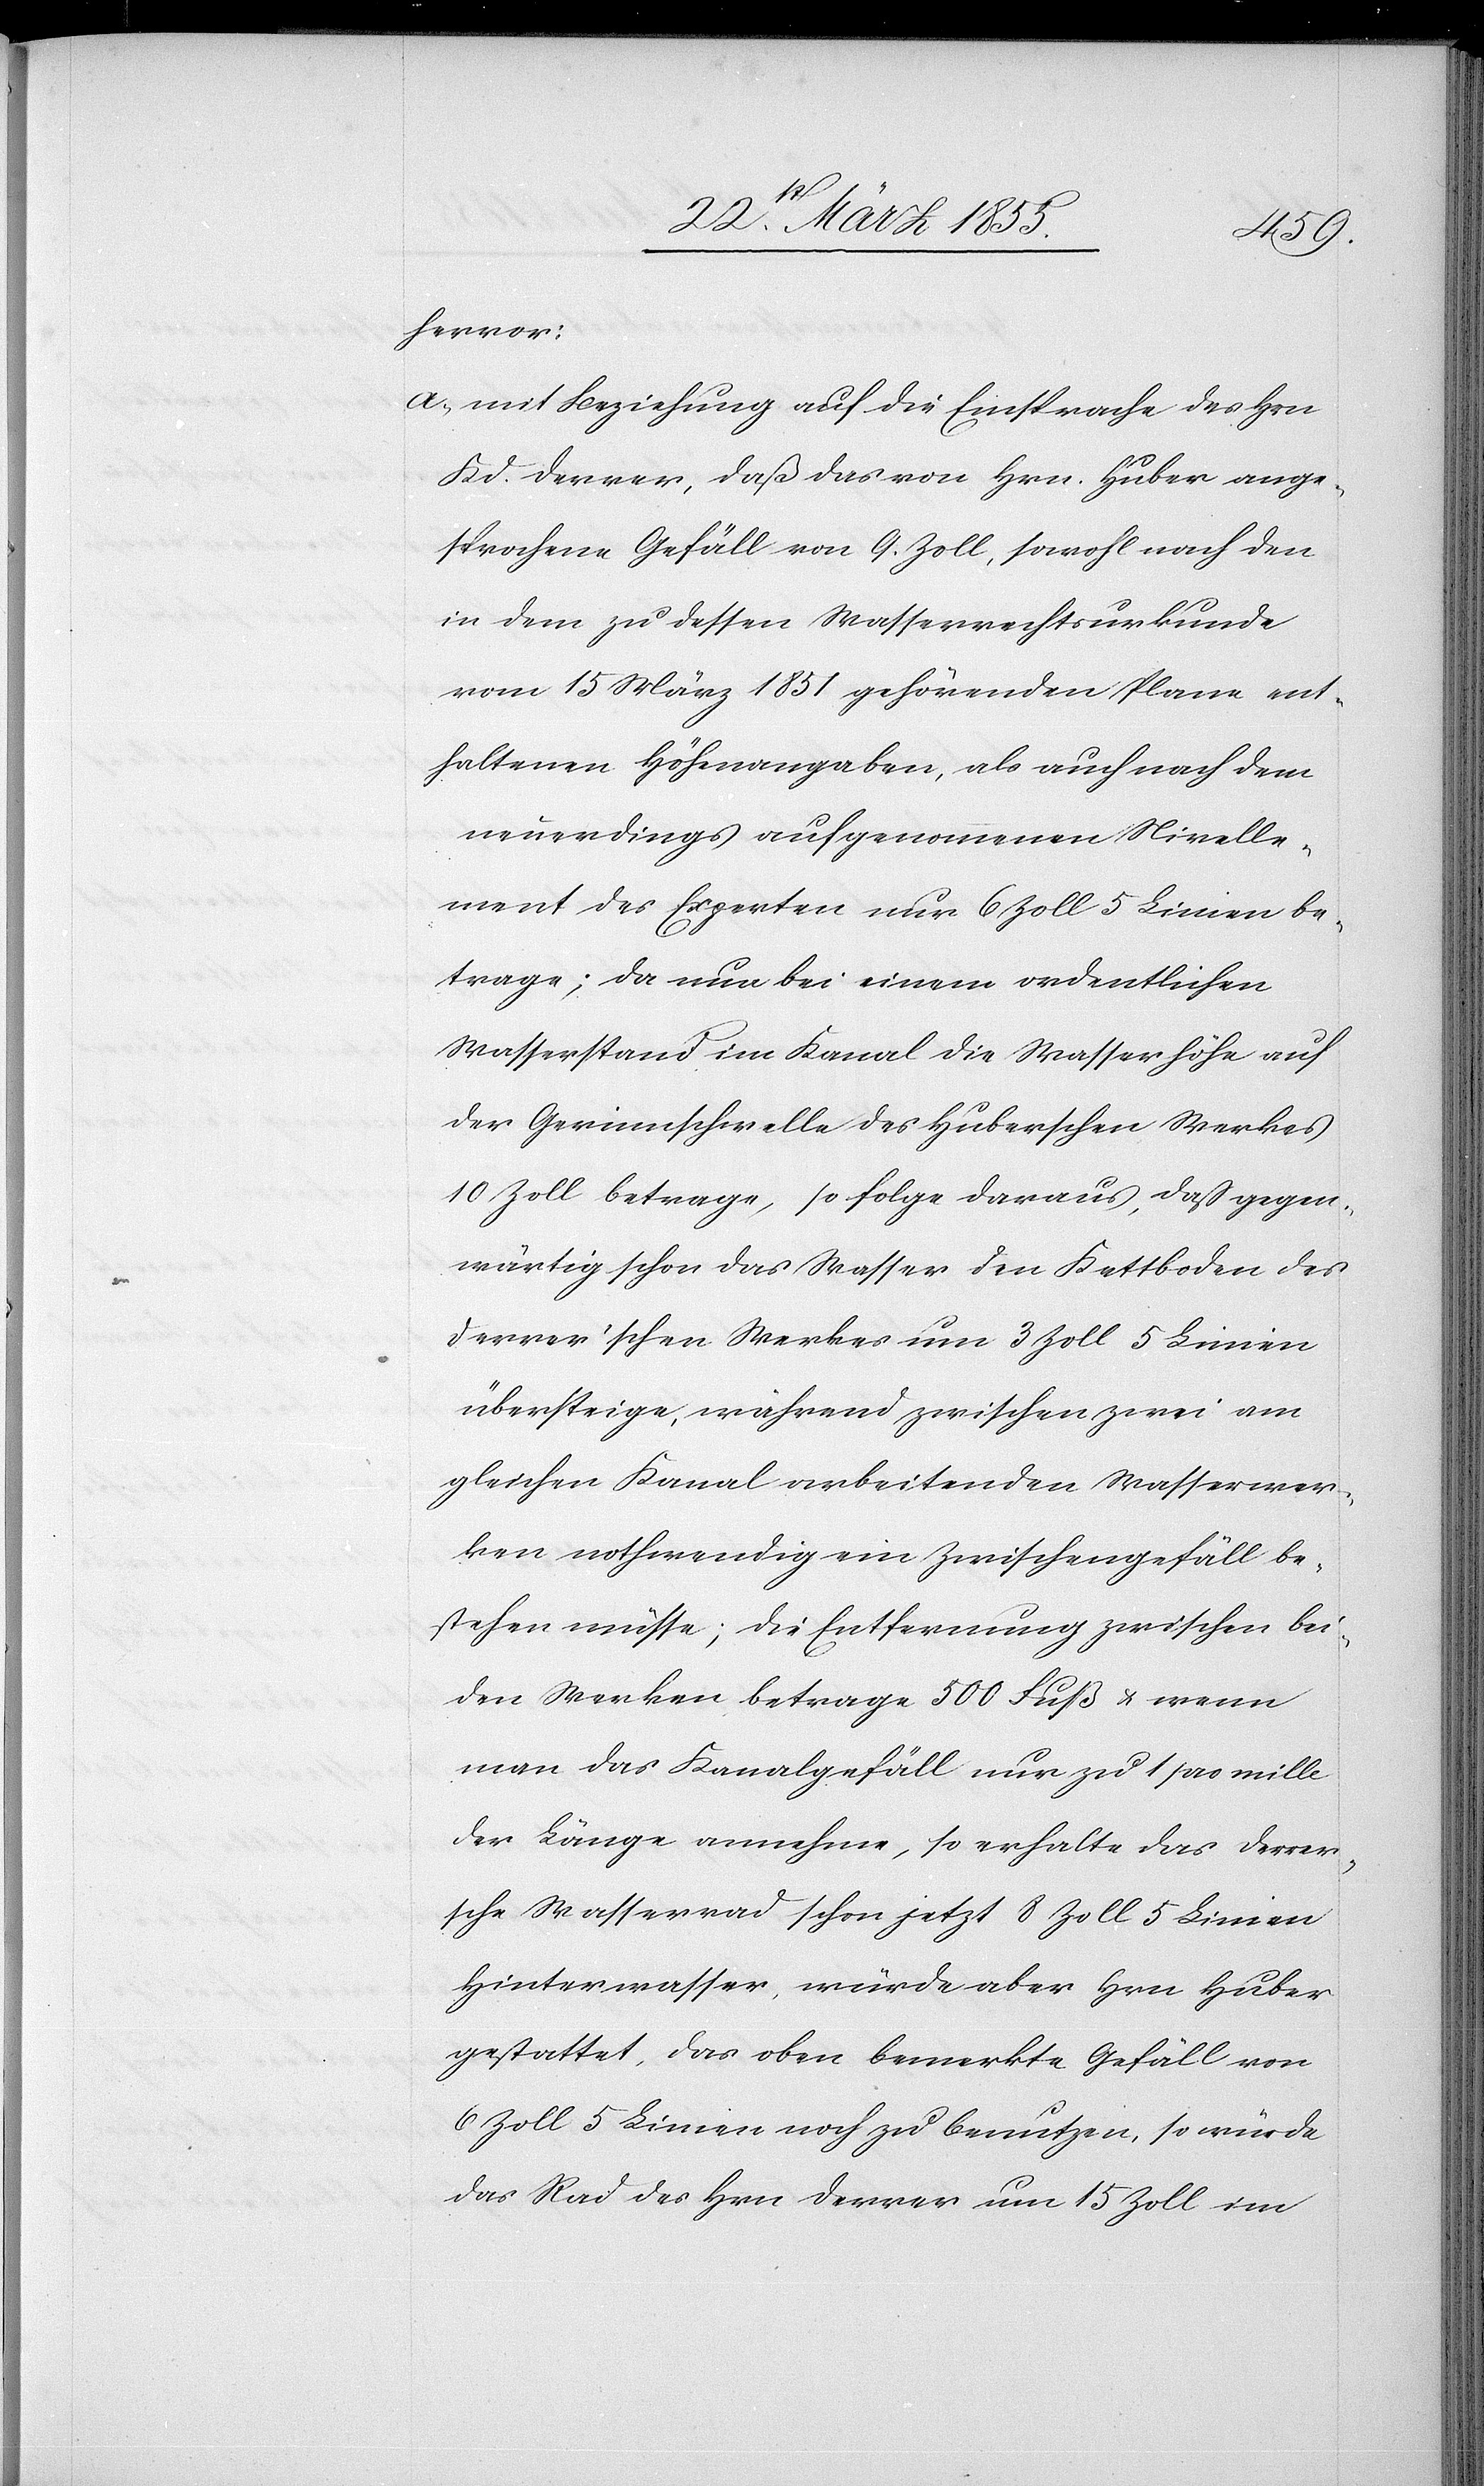
hervor:
mit Beziehung auf die Einsprache des Hrn
Kd. Derrer, daß das von Hrn. Huber ange¬
sprochene Gefäll von 9. Zoll, sowohl nach den
in dem zu dessen Wasserrechtsurkunde
vom 15 März 1851 gehörenden Plane ent¬
haltenen Höhenangaben, als auch nach dem
neuerdings aufgenommenen Nivelle¬
ment des Experten nur 6 Zoll 5 Linien be¬
trage; da nun bei einem ordentlichen
Wasserstand im Kanal die Wasserhöhe auf
der Gerinnschwelle des Huberschen Werkes
10 Zoll betrage, so folge daraus, daß gegen¬
wärtig schon das Wasser den Kettboden des
Derrer’schen Werkes um 3 Zoll 5 Linien
übersteige, während zwischen zwei am
gleichen Kanal arbeitenden Wasserwer¬
ken nothwendig ein Zwischengefäll be¬
stehen müsse; die Entfernung zwischen bei¬
den Werken betrage 500 Fuß & wenn
man das Kanalgefäll nur zu 1 pro mille
der Länge annehme, so erhalte das Derrer¬
sche Wasserrad schon jetzt 8 Zoll 5 Linien
Hinterwasser, würde aber Hrn Huber
gestattet, das oben bemerkte Gefäll von
6 Zoll 5 Linien noch zu benutzen, so würde
das Rad des Hrn Derrer um 15 Zoll im